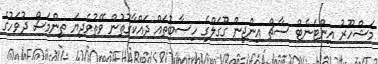
މަޝްހޫރު އިންޓަނެޓް ސާޗް އިންޖިން ގޫގަލްގެ ހިސާބުތައް ދައްކާގޮތުން ވޭތުވެދިޔަ ތިންމަސް ދުވަހުގެ